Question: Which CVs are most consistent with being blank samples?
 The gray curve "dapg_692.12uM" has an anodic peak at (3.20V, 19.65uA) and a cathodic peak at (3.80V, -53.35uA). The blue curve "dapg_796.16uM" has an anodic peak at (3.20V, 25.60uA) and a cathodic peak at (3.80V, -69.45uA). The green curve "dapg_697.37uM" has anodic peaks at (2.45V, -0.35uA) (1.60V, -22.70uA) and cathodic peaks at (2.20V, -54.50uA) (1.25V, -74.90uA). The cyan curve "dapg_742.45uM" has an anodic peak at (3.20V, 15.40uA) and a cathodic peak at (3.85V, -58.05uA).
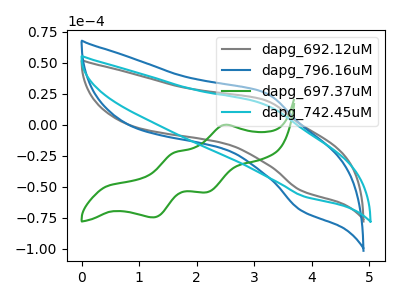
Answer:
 <answer>There are not any CV's on this graph that are likely to be blanks.</answer>
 <eval>none</eval>